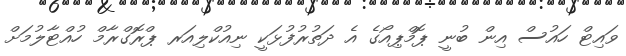
ވައިޓް ހައުސް އިން ބުނީ ޕޮމްޕިއޯގެ އެ ދަތުރުފުޅަކީ ނިއުކްލިއަރ ޕްރޮގްރާމް ހުއްޓާލުމަށް